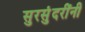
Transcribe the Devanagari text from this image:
सुरसुंदरींनी